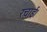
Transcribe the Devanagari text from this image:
रचाई।